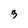
Character: 3